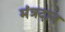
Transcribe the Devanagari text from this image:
मंत्रदान